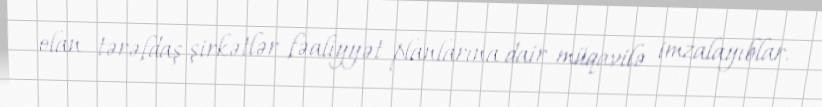
olan tərəfdaş şirkətlər fəaliyyət planlarına dair müqavilə imzalayıblar.